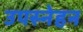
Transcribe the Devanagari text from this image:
उपस्नेहन